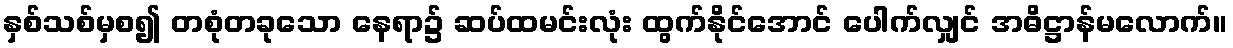
နှစ်သစ်မှစ၍ တစုံတခုသော နေရာ၌ ဆပ်ထမင်းလုံး ထွက်နိုင်အောင် ပေါက်လျှင် အဓိဋ္ဌာန်မလောက်။